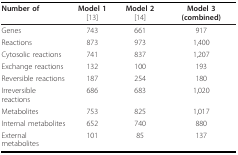
| Number of | Model 1 [13] | Model 2 [14] | Model 3 (combined) |
 | --- | --- | --- | --- |
 | Genes | 743 | 661 | 917 |
 | Reactions | 873 | 973 | 1,400 |
 | Cytosolic reactions | 741 | 837 | 1,207 |
 | Exchange reactions | 132 | 100 | 193 |
 | Reversible reactions | 187 | 254 | 180 |
 | Irreversible reactions | 686 | 683 | 1,020 |
 | Metabolites | 753 | 825 | 1,017 |
 | Internal metabolites | 652 | 740 | 880 |
 | External metabolites | 101 | 85 | 137 |